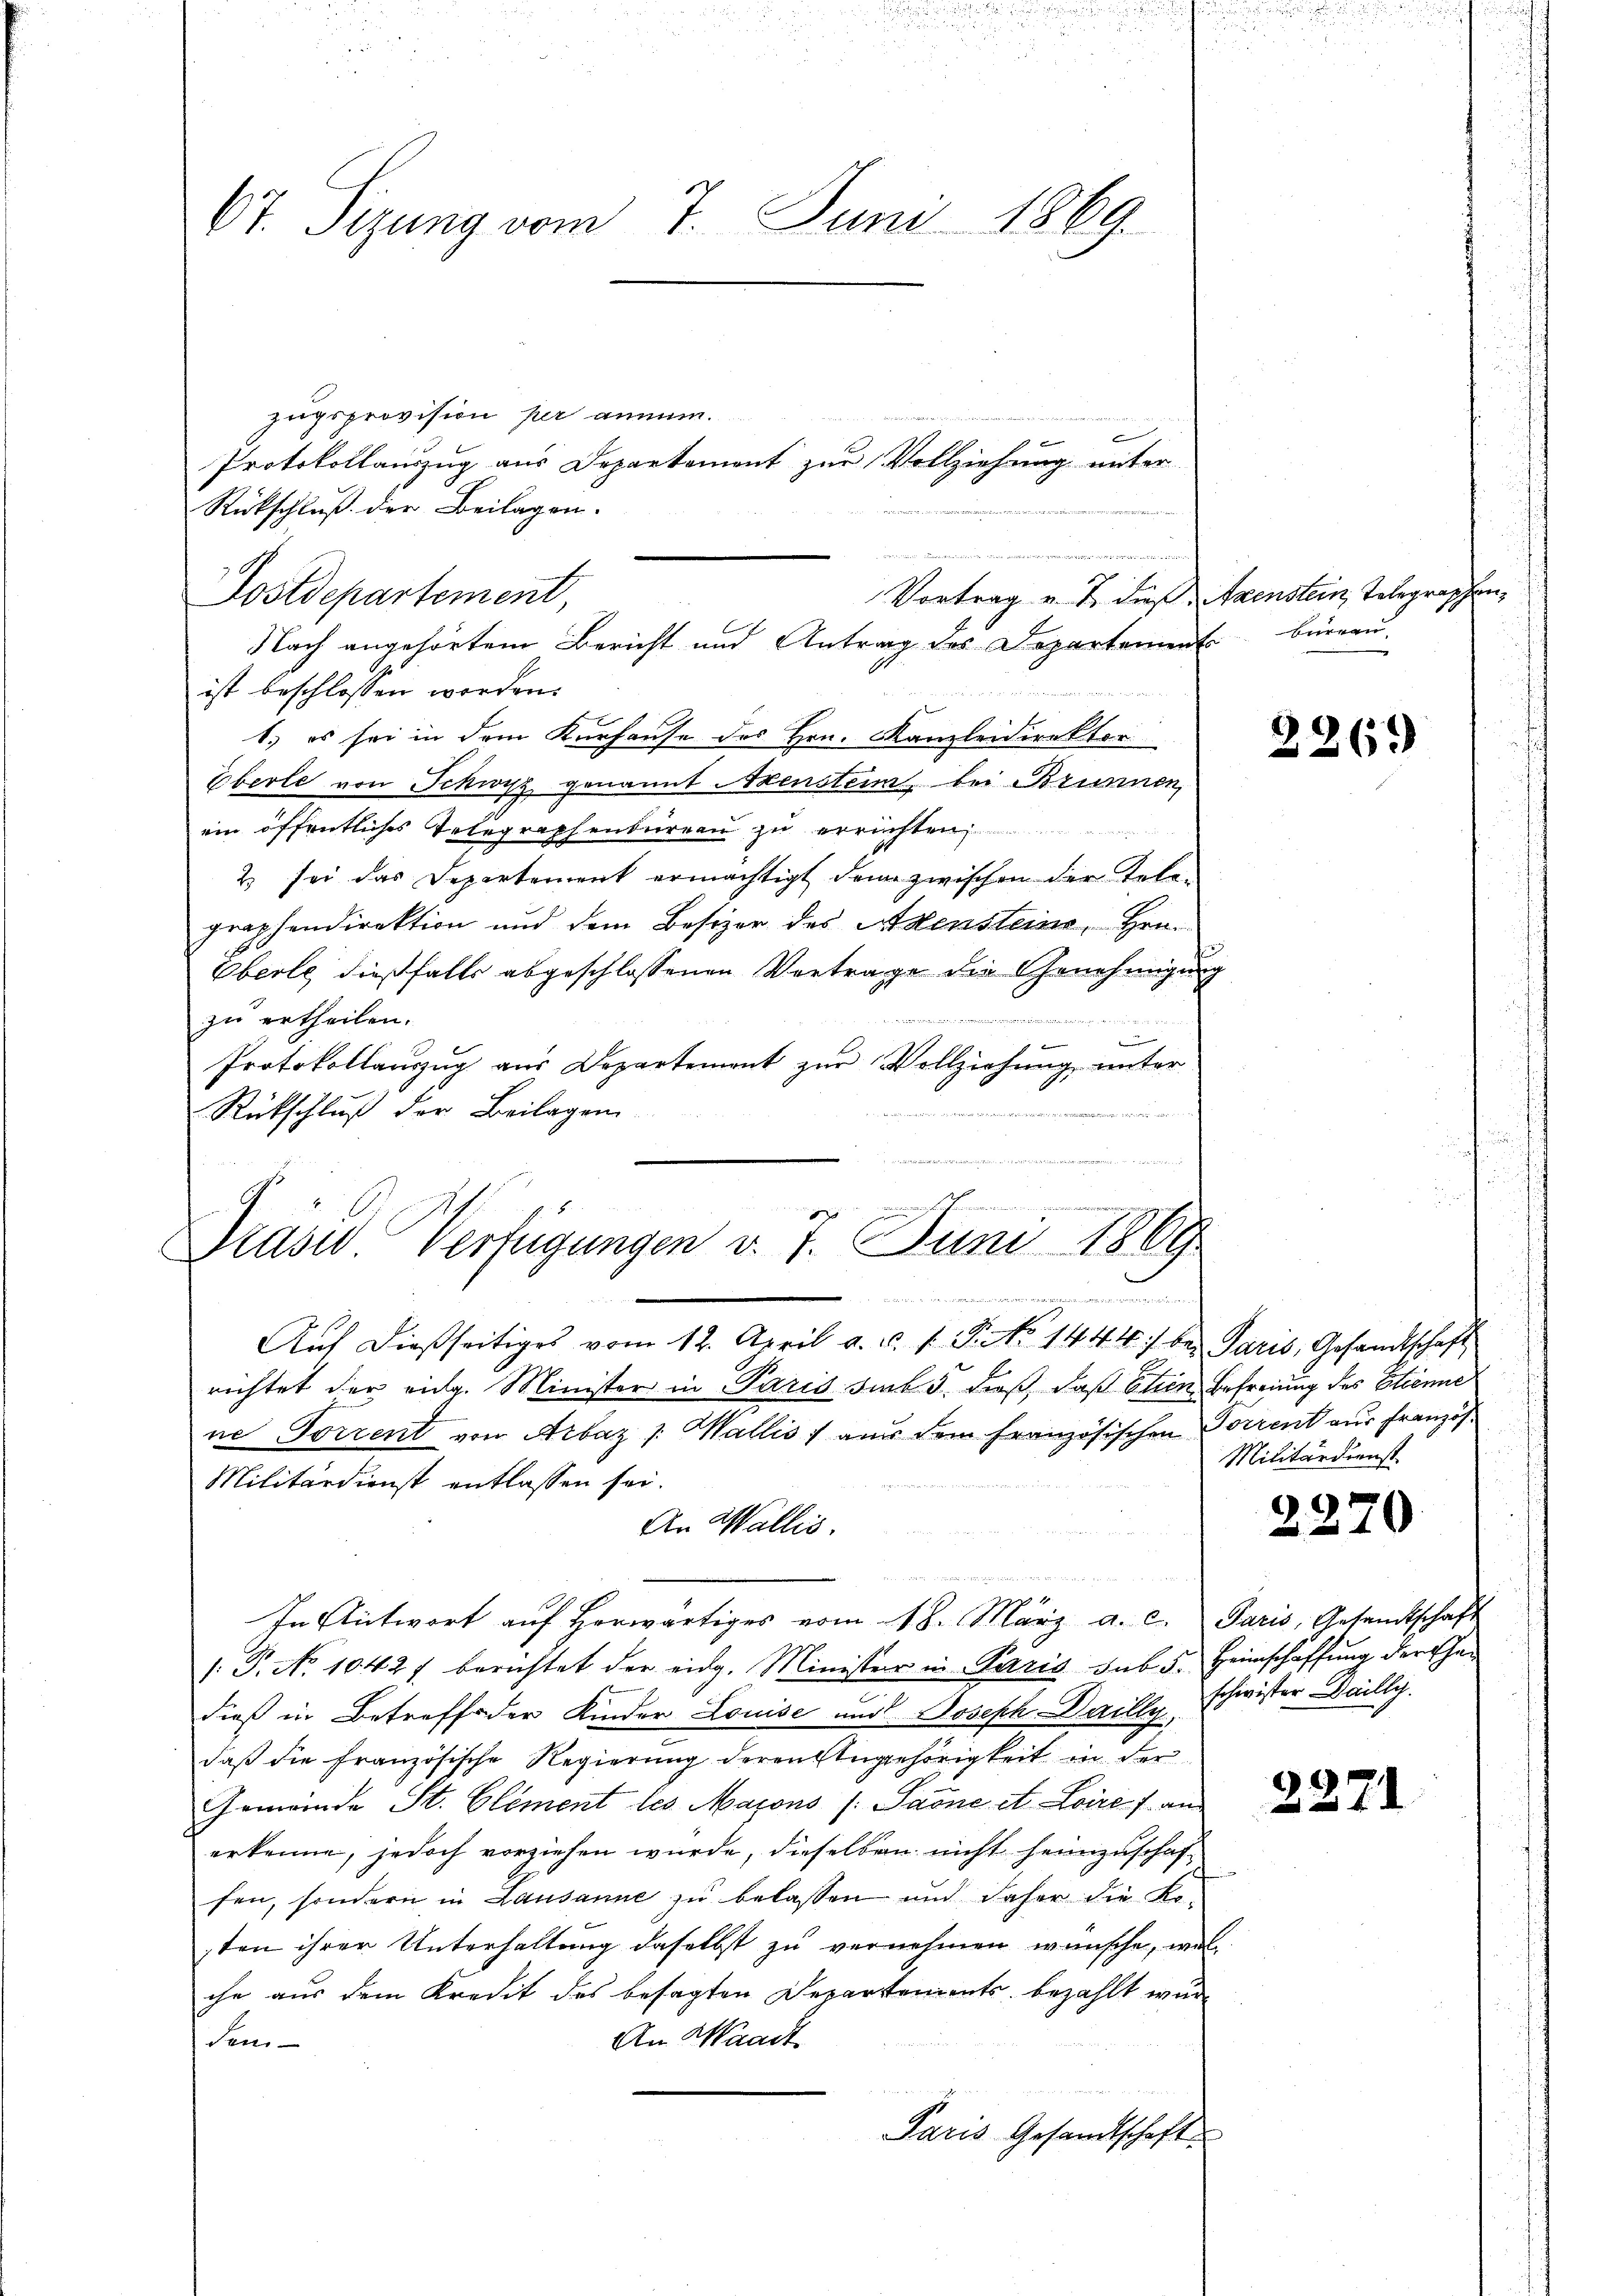
67. Sizung vom 7. Juni 1869.

Rückschluß der Beilagen.
Vortrag u. 7 dieß Axenstein Telegraphen¬
Postdepartement,
ist beschlossen worden.
u
1.) es sei in dem Kurhause des Hrn. Kanzleidirektor
Eberle von Schwyz genannt Axenstein, bei Brunnen,
ein öffentliches Telegraphenbureau zu errechten
2 sei das Departement ermächtigt dem zwischen der Telegraphendirektion und dem Besizer des Adensteins, Hrn.
Oberle dießfalls abgeschlossenen Vortrage die Genehmigung

zu ertheilen.
b
Protokollauszug aus Departement zur Vollziehung unter
Rückschluß der Beilagen
d
Prase Verfügungen v. 7. Juni 1869

Zugsprovision per annum.
n
s
E
Nach angehörtem Bericht und Antrag des Departement bürgen,

Protokollauszug aus Departement zur Vollziehung unter

.
Aŭf dießseitiges vom 12. April a. c. 1. P. No 1444) bei Paris, Gesandtschaft
richtet der eidg. Minister in Paris Birk 5. dieß, daß Etien Befreiung des Etienne
ne Torrent von Arbaz /: Wallis aus dem französischen Torrent aus Französ¬
Militärdienst entlassen sei.
An Wallis.
u
In Antwort aŭf Horwärtiges vom 18. März a. c. Paris, Gesandtschaft
/. P. Nr. 1042/ berichtet der eidg. Minister in Paris sub 5. Heimschaffung der Ehedieß in Betreff der Kinder Louise und Joseph Dailly schwister-Dailly.
daß die französische Regierung deren Angehörigkeit in der
Gemeinde St. Clement les Maions (Saone et Loire fan
erkenne, jedoch vorziehen wurde, dieselben nicht heimzuschaffen, sondern in Lausanne zŭ belassen und daher die Ko-
sten ihrer Unterhaltung daselbst zu vernehmen wünsche, wel
che aus dem Kredit des besagten Departements, bezahlt wur¬
An Waadt
den
Paris Gesandtschaft

2269

Militärdienst

22.

22.

.